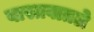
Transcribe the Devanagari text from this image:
वास्तवातले